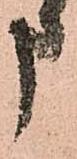
申